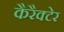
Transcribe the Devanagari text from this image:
कैरैक्टेर